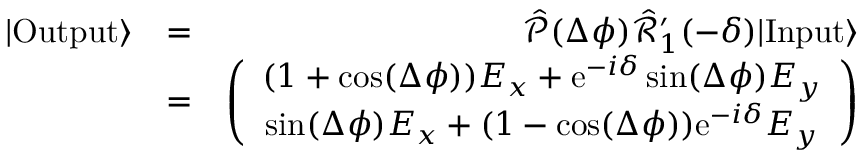
\begin{array} { r l r } { | \mathrm { O u t p u t } \rangle } & { = } & { \hat { \mathcal { P } } ( \Delta \phi ) \hat { \mathcal { R } } _ { 1 } ^ { \prime } ( - \delta ) | \mathrm { I n p u t } \rangle } \\ & { = } & { \left( \begin{array} { c } { ( 1 + \cos ( \Delta \phi ) ) E _ { x } + \mathrm { e } ^ { - i \delta } \sin ( \Delta \phi ) E _ { y } } \\ { \sin ( \Delta \phi ) E _ { x } + ( 1 - \cos ( \Delta \phi ) ) \mathrm { e } ^ { - i \delta } E _ { y } } \end{array} \right) } \end{array}